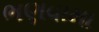
ભણવામા